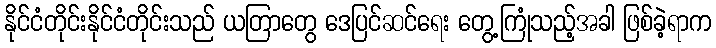
နိုင်ငံတိုင်းနိုင်ငံတိုင်းသည် ယတြာတွေ ဒေပြင်ဆင်ရေး တွေ့ကြုံသည့်အခါ ဖြစ်ခဲ့ရာက